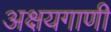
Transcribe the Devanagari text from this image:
अक्षयगाणी